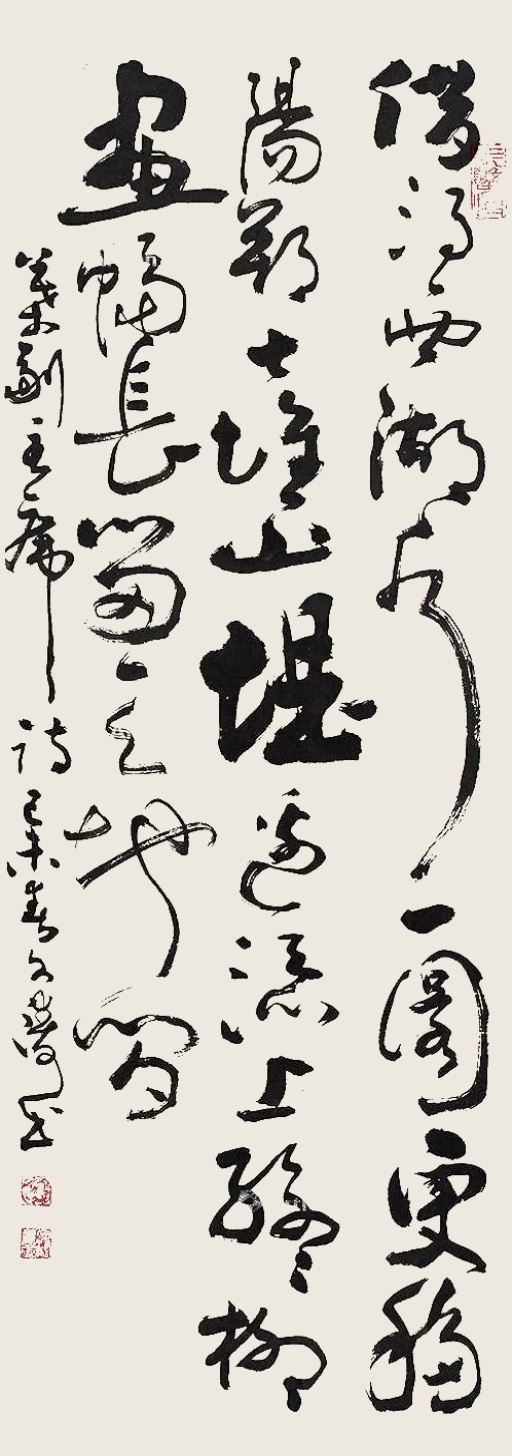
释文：借得西湖水一圜，更移阳朔七堆山。堤边添上丝丝柳，画幅长留天地间。叶副主席诗，己未春文涛书。